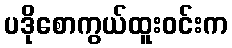
ပဒိုစောကွယ်ထူးဝင်းက